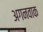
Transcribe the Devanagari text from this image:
अगनवाक